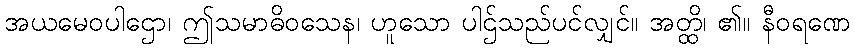
အယမေဝပါဌော၊ ဤသမာဓိဝသေန၊ ဟူသော ပါဌ်သည်ပင်လျှင်။ အတ္ထိ၊ ၏။ နီဝရဏေ